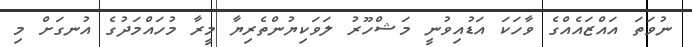
ނުވަތަ އައްޒައެއްގެ ވާހަކަ އަޑުއިވުނީ މަޝްހޫރު ލަވަކިޔުންތެރިޔާ މީރާ މުހައްމަދުގެ އުނގަށް މި